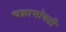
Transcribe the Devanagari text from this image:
चक्राभोवती